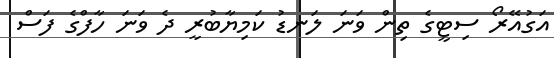
އަގުއޭރޯ ސިޓީގެ ތިން ވަނަ ލަނޑު ކަމިޔާބުރީ ދެ ވަނަ ހާފްގެ ފަސް